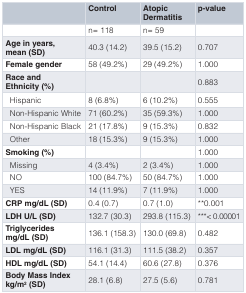
<table><thead><tr><td></td><td><b>Control</b></td><td><b>AtopicDermatitis</b></td><td><b>p-value</b></td></tr></thead><tbody><tr><td></td><td>n= 118</td><td>n= 59</td><td></td></tr><tr><td><b>Age in years,</b><b>mean (SD)</b></td><td>40.3 (14.2)</td><td>39.5 (15.2)</td><td>0.707</td></tr><tr><td><b>Female gender</b></td><td>58 (49.2%)</td><td>29 (49.2%)</td><td>1.000</td></tr><tr><td><b>Race and</b><b>Ethnicity (%)</b></td><td></td><td></td><td>0.883</td></tr><tr><td>Hispanic</td><td>8 (6.8%)</td><td>6 (10.2%)</td><td>0.555</td></tr><tr><td>Non-Hispanic White</td><td>71 (60.2%)</td><td>35 (59.3%)</td><td>1.000</td></tr><tr><td>Non-Hispanic Black</td><td>21 (17.8%)</td><td>9 (15.3%)</td><td>0.832</td></tr><tr><td>Other</td><td>18 (15.3%)</td><td>9 (15.3%)</td><td>1.000</td></tr><tr><td><b>Smoking (%)</b></td><td></td><td></td><td>1.000</td></tr><tr><td>Missing</td><td>4 (3.4%)</td><td>2 (3.4%)</td><td>1.000</td></tr><tr><td>NO</td><td>100 (84.7%)</td><td>50 (84.7%)</td><td>1.000</td></tr><tr><td>YES</td><td>14 (11.9%)</td><td>7 (11.9%)</td><td>1.000</td></tr><tr><td><b>CRP mg/dL (SD)</b></td><td>0.4 (0.7)</td><td>0.7 (1.0)</td><td>**0.001</td></tr><tr><td><b>LDH U/L (SD)</b></td><td>132.7 (30.3)</td><td>293.8 (115.3)</td><td>***&lt; 0.00001</td></tr><tr><td><b>Triglycerides</b><b>mg/dL (SD)</b></td><td>136.1 (158.3)</td><td>130.0 (69.8)</td><td>0.482</td></tr><tr><td><b>LDL mg/dL (SD)</b></td><td>116.1 (31.3)</td><td>111.5 (38.2)</td><td>0.357</td></tr><tr><td><b>HDL mg/dL (SD)</b></td><td>54.1 (14.4)</td><td>60.6 (27.8)</td><td>0.376</td></tr><tr><td><b>Body Mass Index</b><b>kg/m<sup>2</sup> (SD)</b></td><td>28.1 (6.8)</td><td>27.5 (5.6)</td><td>0.781</td></tr></tbody></table>